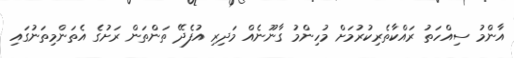
އާންމު ސިއްހަތު ރައްކާތެރިކުރުމަށް މުހިންމު ގާނޫނެއް މަދިރި އުފެދޭ ތަންތަން ރަށުގެ އެތަންމިތަނުގައި